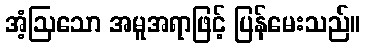
အံ့ဩသော အမူအရာဖြင့် ပြန်မေးသည်။